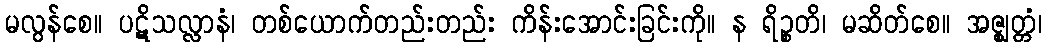
မလွန်စေ။ ပဋိသလ္လာနံ၊ တစ်ယောက်တည်းတည်း ကိန်းအောင်းခြင်းကို။ န ရိဉ္စတိ၊ မဆိတ်စေ။ အဇ္ဈတ္တံ၊